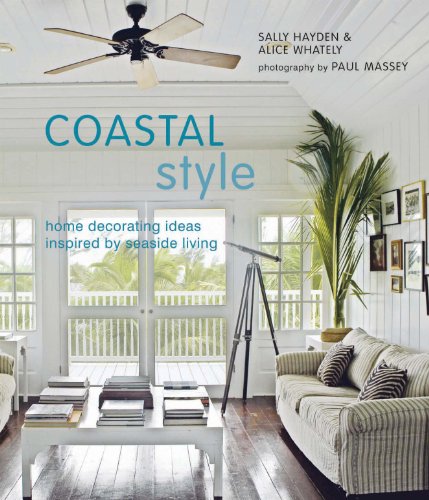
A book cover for Coastal Style: Home Decorating Ideas Inspired by Seaside Living; Sally Hayden; Arts & Photography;